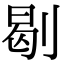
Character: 㓭